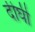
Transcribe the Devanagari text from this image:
दीघी